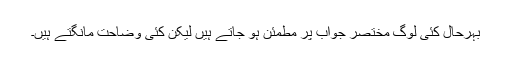
بہرحال کئی لوگ مختصر جواب پر مطمئن ہو جاتے ہیں لیکن کئی وضاحت مانگتے ہیں۔